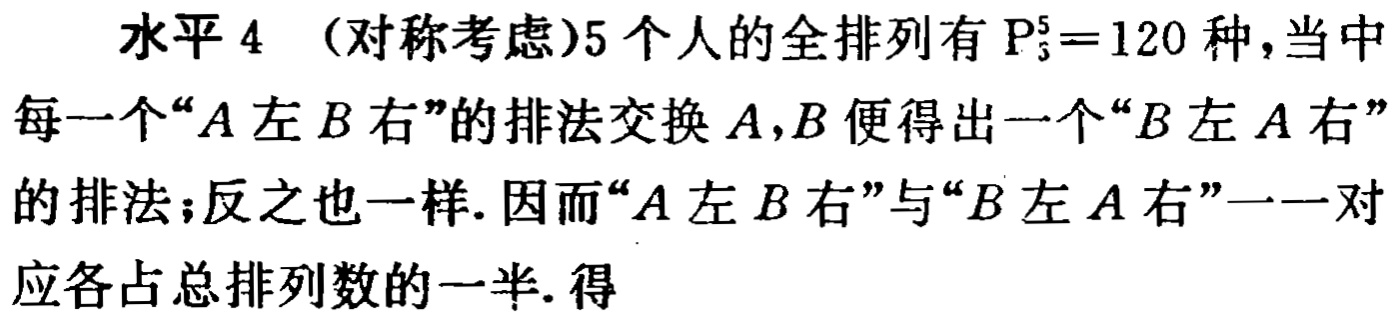
水平 4 （对称考虑）5 个人的全排列有 \(P_{5}^{5}=120\) 种，当中每一个“\(A\) 左 \(B\) 右”的排法交换 \(A,B\) 便得出一个“\(B\) 左 \(A\) 右”的排法；反之也一样. 因而“\(A\) 左 \(B\) 右”与“\(B\) 左 \(A\) 右”一一对应各占总排列数的一半. 得